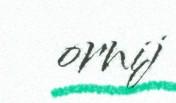
ornij